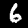
Label: 6